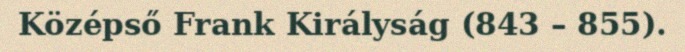
Középső Frank Királyság (843 – 855).